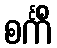
စင်္ကိံ